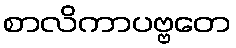
စာလိကာပဗ္ဗတေ